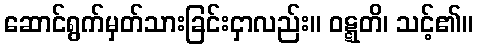
ဆောင်ရွက်မှတ်သားခြင်းငှာလည်း။ ဝဋ္ဋတိ၊ သင့်၏။